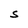
Character: S